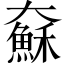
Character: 𱘾